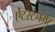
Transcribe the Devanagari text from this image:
ऐंटरटेनमेंट